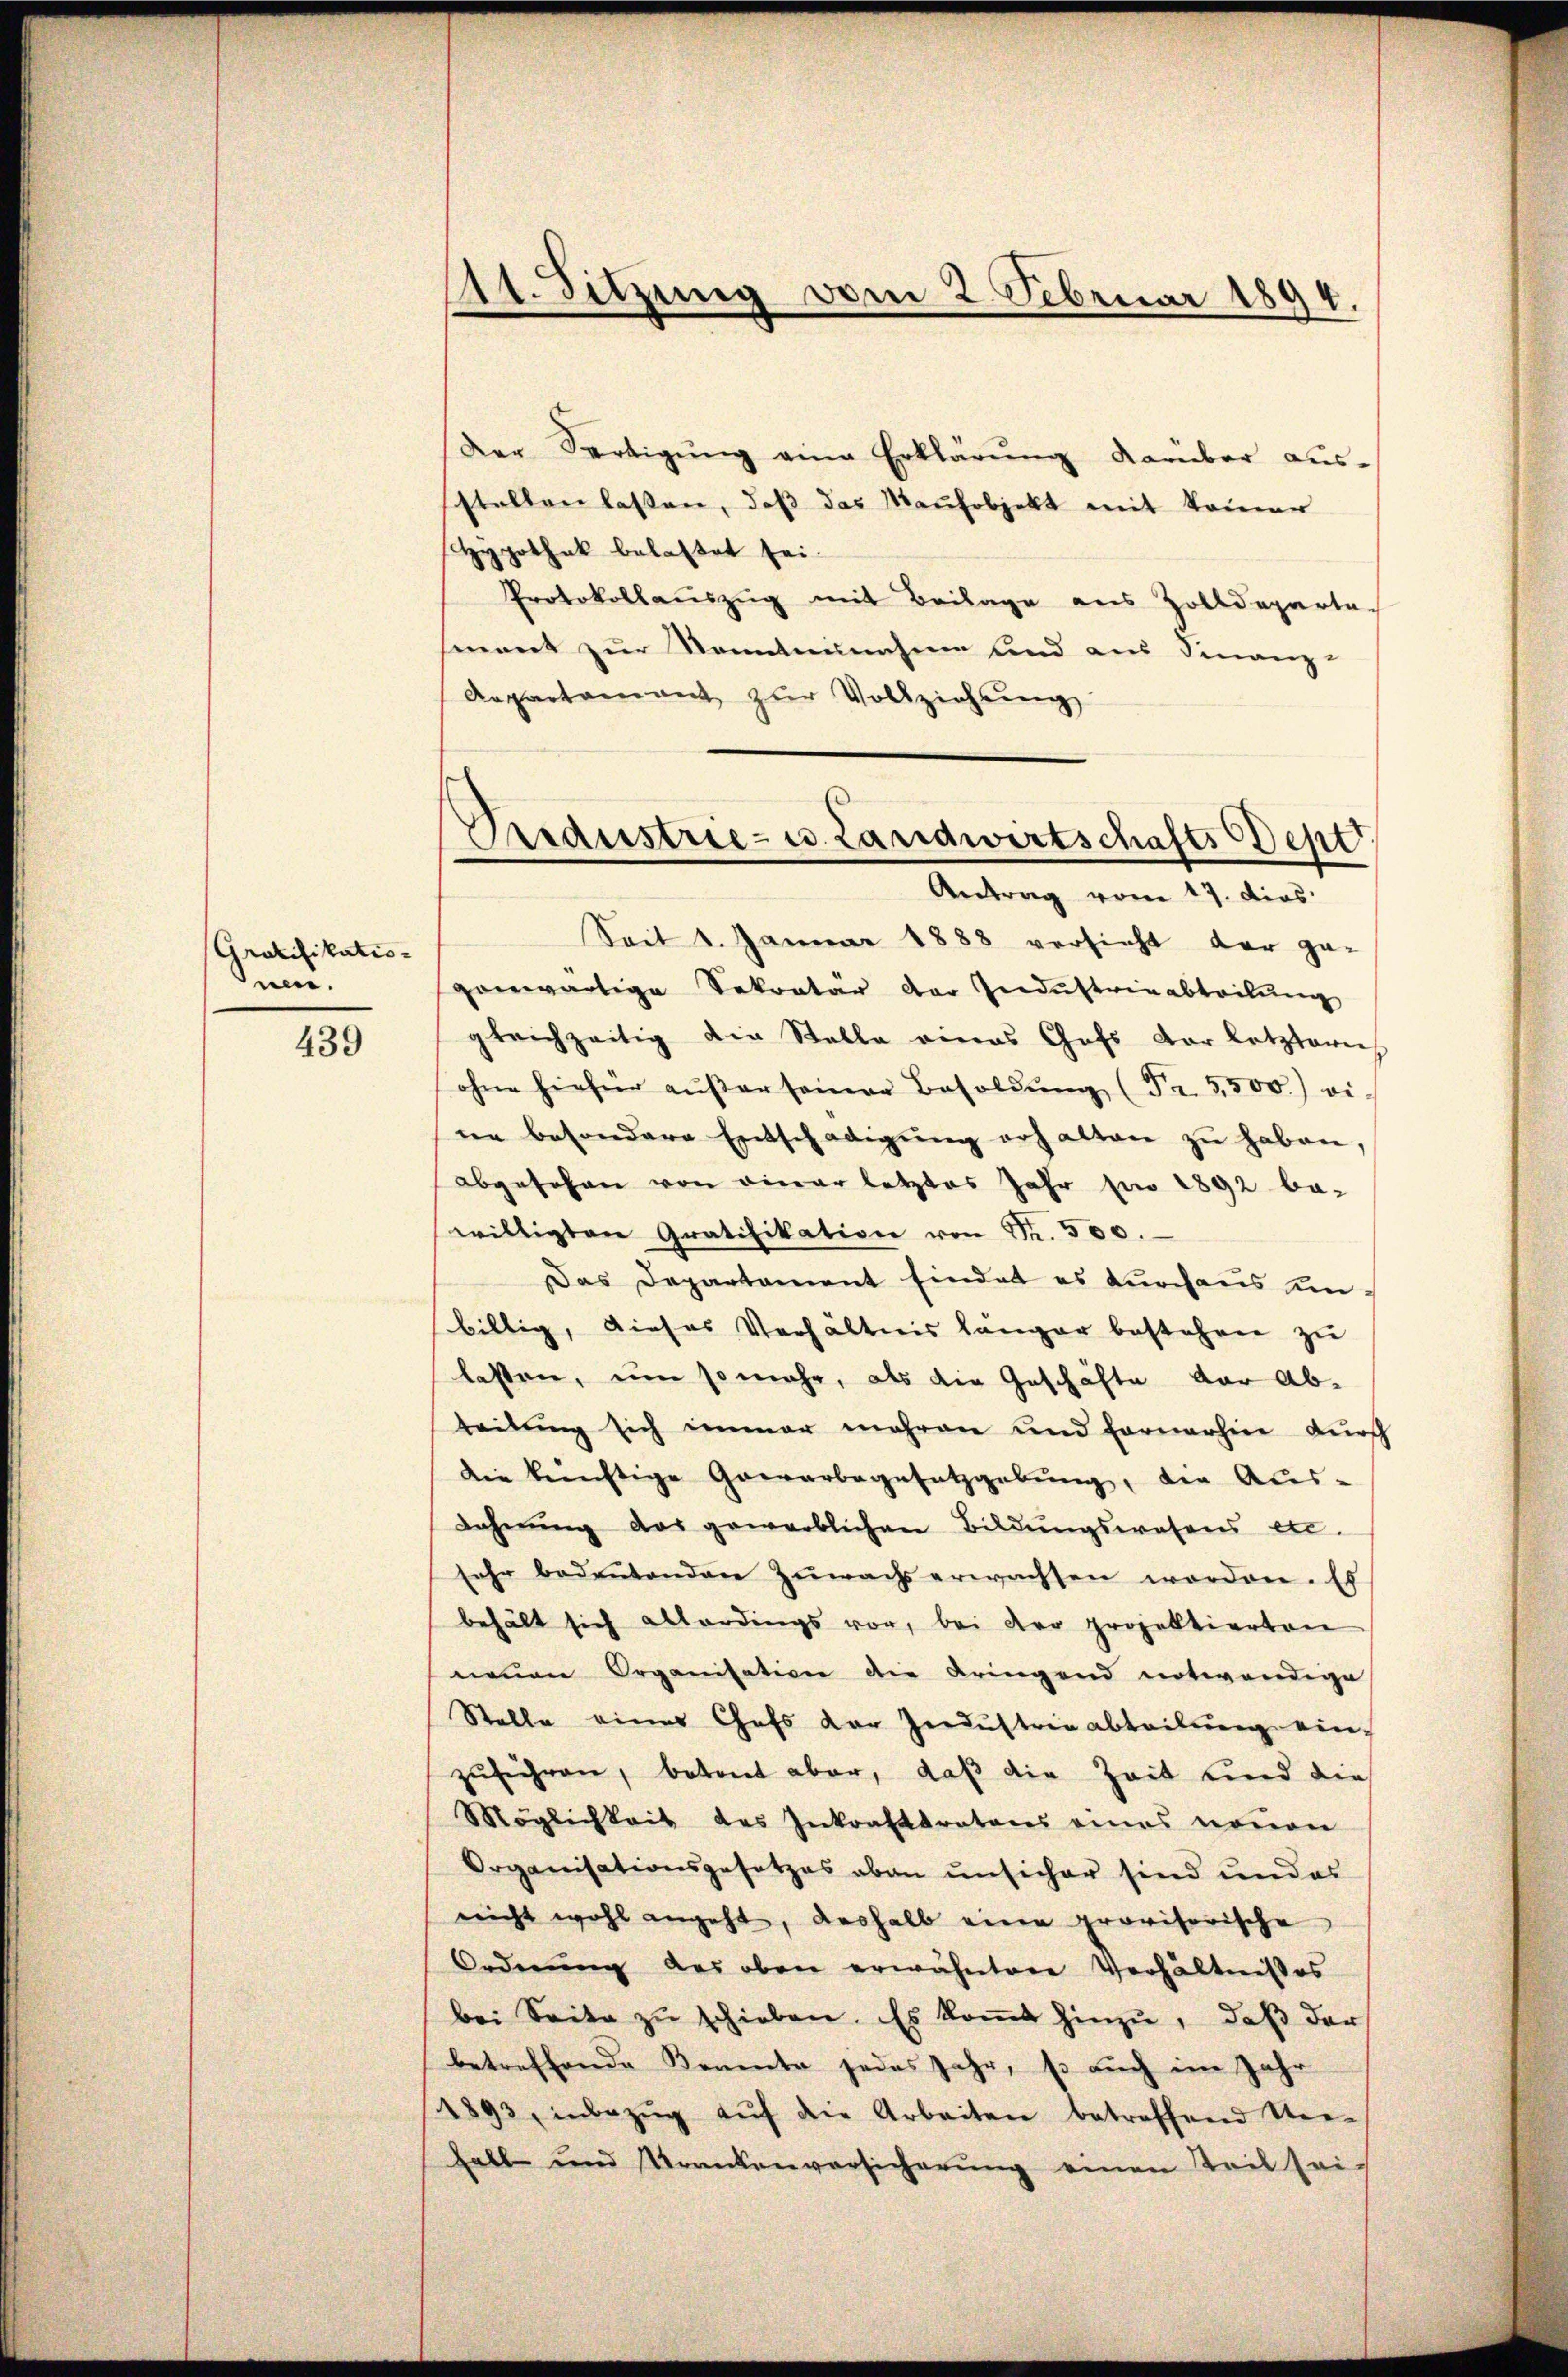
Gratifikatis-
nen.

439

Der Fertigŭng eine Erklärŭng darüber aus-
sstellen lassen, daβ das Maŭfobjekt mit keiner
Hypothek belastet sei.
Protokollauszug mit Beilage aus Zolldeparta-
ment zur Sonntennahme und aus Finanz-
Aepartament zur Vollziehung
Seit 1. Januar 1888 versicht der ge-
genwärtige Sekretär der Industrinabteilung
gleichzeitig die Stelle eines Chefs der letztern
ohne hiefür aŭβer seiner Besoldŭng (Fr. 3500) vi
ne besondere Entschädigŭng erhalten zŭ haben,
abgesehen von einer letztes Jahr en 1892 ba-
willigten Gratifikation von Nr. 500.
Das Departament findet es durchaus unbillig, dieses Verhältnis länger bestehen zu
lassen, um so mehr, als die Geschäfte der Abteilung sich immer mehren und fernerhin durch
die künftige Grerarbegesetzgebung, die Aus-
Lahnŭng das gewerblichen Bildŭngswesens en-
sehr bedeŭtenden Zuwachs erwachsen worden. Es
behält sich allerdings vor, bei der projektierten
neuen Organisation die bringend notwendige
Stelle eines Chefs der Zendustrie abteilung einzuführen, betont aber, daß die Zeit und die
Möglichkeit des Inkrafttratons eines neŭen
Organisationsgesetzes oben unsicher sind und es
nicht wohl angeht, deshalb eine provisorische
Ordnŭng des oben erwähntere Verhältnisses
bei Seite zu schieben. Es kommt hinzu, daß der
betreffende Komente jedes Jahr, so auch im Jahr
1893, inbezŭg aŭf die Arbeiten betreffend Ver-
Fall und Krankenversicherung einen Teil sei-

11. Sitzung vom 2. Februar 1894.

Oredustrie- u. Landwirtschafts Dept
Antrag vom 17. dies